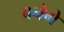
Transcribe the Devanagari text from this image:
बनेगे